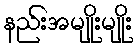
နည်းအမျိုးမျိုး